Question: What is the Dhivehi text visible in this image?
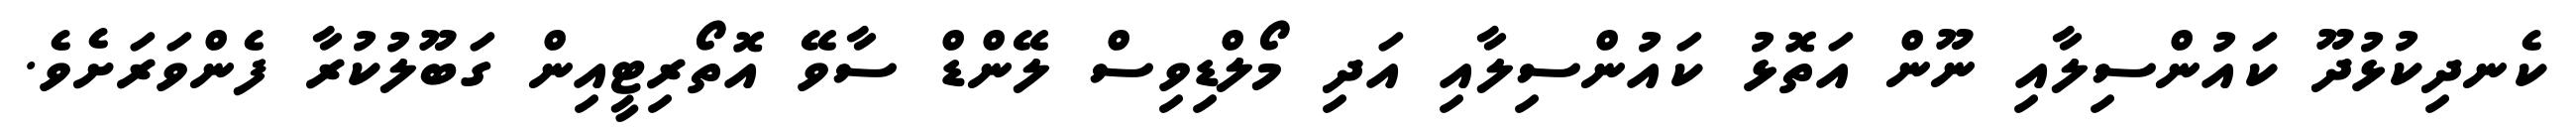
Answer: ކެނދިކުޅުދޫ ކައުންސިލާއި ނޫން އަތޮޅު ކައުންސިލާއި އަދި މޯލްޑިވިސް ލޭންޑް ސާވޭ އޮތޯރިޓީއިން ގަބޫލުކުރާ ފެންވަރަށެވެ.